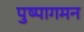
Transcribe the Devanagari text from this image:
पुष्पागमन